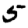
Digit: 5